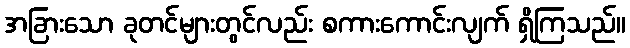
အခြားသော ခုတင်များတွင်လည်း စကားကောင်းလျက် ရှိကြသည်။